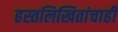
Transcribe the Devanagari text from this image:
हस्तलिखितांचाही